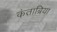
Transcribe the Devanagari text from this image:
कंताब्रिया